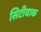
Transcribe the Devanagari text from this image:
सिटीवाक